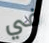
في